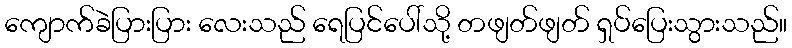
ကျောက်ခဲပြားပြား လေးသည် ရေပြင်ပေါ်သို့ တဖျတ်ဖျတ် ရှပ်ပြေးသွားသည်။